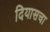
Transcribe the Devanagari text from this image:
दियासचा